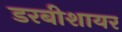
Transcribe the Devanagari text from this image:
डरबीशायर